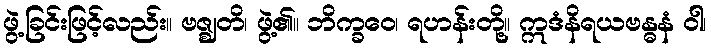
ဖွဲ့ခြင်းဖြင့်လည်း။ ဗဇ္ဈတိ၊ ဖွဲ့၏။ ဘိက္ခဝေ၊ ရဟန်းတို့။ ဣဒံနိရယဗန္ဓနံ ဝါ၊